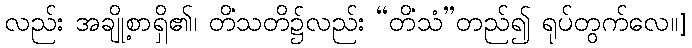
လည်း အချို့စာရှိ၏၊ တိံသတိ၌လည်း “တိံသံ”တည်၍ ရုပ်တွက်လေ။]